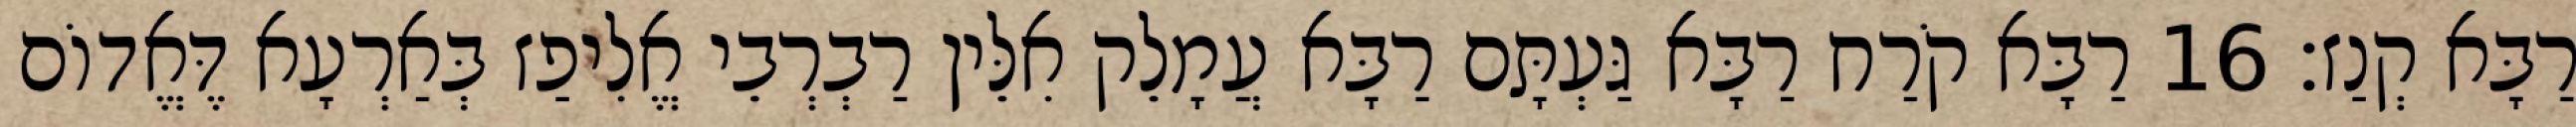
רַבָּא קְנַז׃ 16 רַבָּא קֹרַח רַבָּא גַּעְתָּם רַבָּא עֲמָלֵק אִלֵּין רַבְרְבֵי אֱלִיפַז בְּאַרְעָא דֶּאֱדוֹם